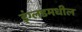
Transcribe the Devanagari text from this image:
इंग्लडमधील